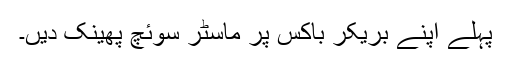
پہلے اپنے بریکر باکس پر ماسٹر سوئچ پھینک دیں۔